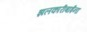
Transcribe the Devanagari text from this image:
झलकारीबाईंना